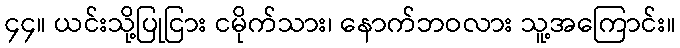
၄၄။ ယင်းသို့ပြုငြား ငမိုက်သား၊ နောက်ဘဝလား သူ့အကြောင်း။